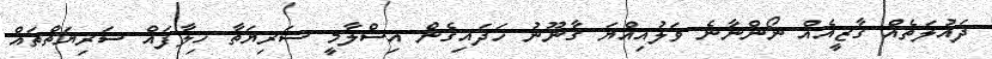
ދައުލަތެއް ގާޒީއެއް ނޯންނާނެ ވަލުއިއްޔަ ގާނޫނު ހަދައިގެން އިސްލާމީ ސަރިޔަތާ ހިލާފައް ސަރިޔަތްތައް